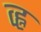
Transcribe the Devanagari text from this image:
व्ह्न